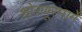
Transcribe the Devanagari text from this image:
शोरणूरमार्गे